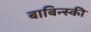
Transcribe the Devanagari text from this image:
बाबिन्स्की